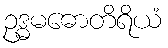
ဥဒ္ဓမဓောတိရိယံ